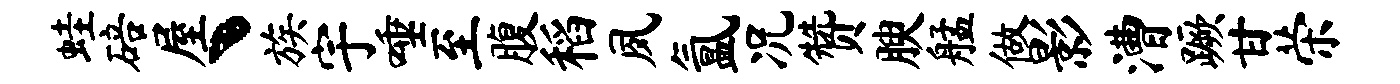
蛙碚屋丶族宇唾至腹稻夙氲况赞腴艋做影漕蹶甘荣